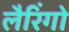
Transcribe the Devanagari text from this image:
लैरिंगो